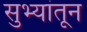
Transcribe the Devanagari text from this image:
सुभ्यांतून